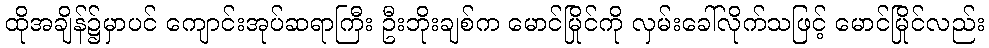
ထိုအချိန်၌မှာပင် ကျောင်းအုပ်ဆရာကြီး ဦးဘိုးချစ်က မောင်မြိုင်ကို လှမ်းခေါ်လိုက်သဖြင့် မောင်မြိုင်လည်း